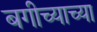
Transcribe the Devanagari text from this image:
बगीच्याच्या